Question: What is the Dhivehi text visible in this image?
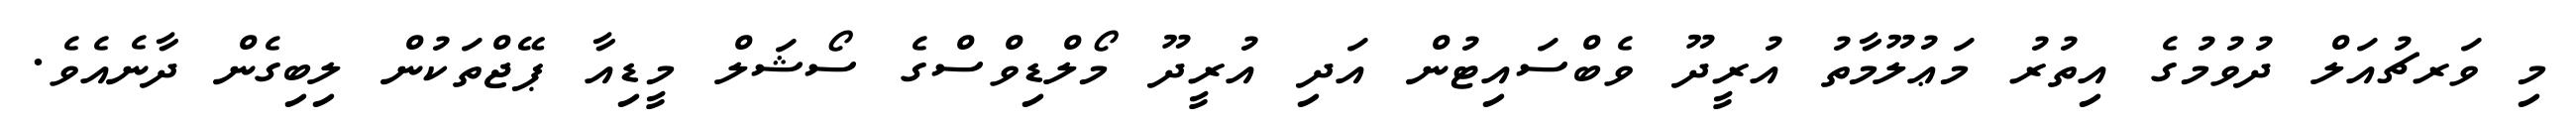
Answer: މި ވަރޗުއަލް ދުވުމުގެ އިތުރު މަޢުލޫމާތު އުރީދޫ ވެބްސައިޓުން އަދި އުރީދޫ މޯލްޑިވްސްގެ ސޯޝަލް މީޑިއާ ޕޭޖްތަކުން ލިބިގެން ދާނެއެވެ.